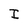
Character: I